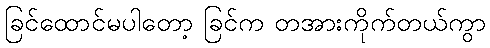
ခြင်ထောင်မပါတော့ ခြင်က တအားကိုက်တယ်ကွာ